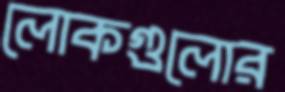
লোকগুলোর